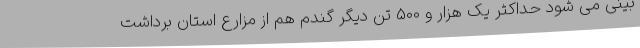
بینی می شود حداکثر یک هزار و 500 تن دیگر گندم هم از مزارع استان برداشت